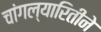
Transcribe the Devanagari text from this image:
चांगल्यारितीने